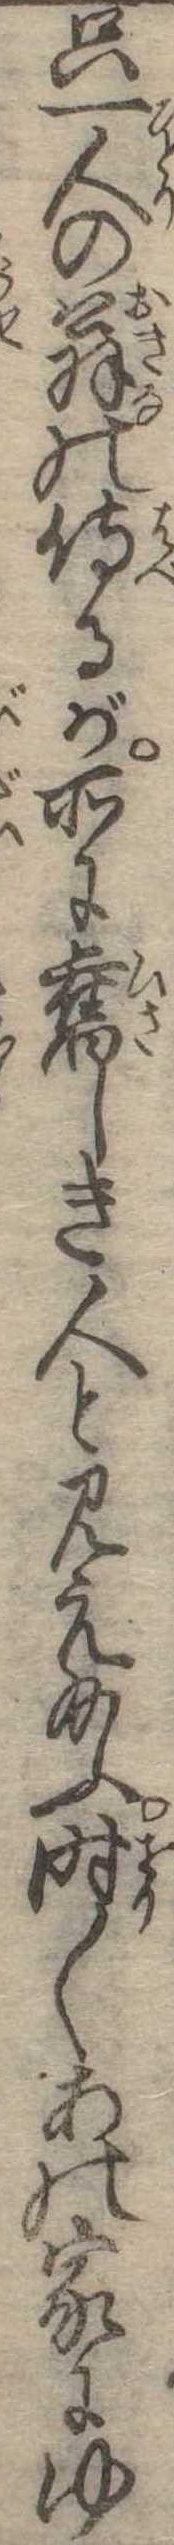
只一人の翁の侍るが所に旧しき人と見え給ふ時〱あの家にゆ